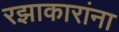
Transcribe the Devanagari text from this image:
रझाकारांना